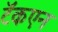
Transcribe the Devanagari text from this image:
टॅकएन